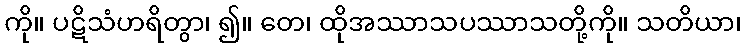
ကို။ ပဋိသံဟရိတွာ၊ ၍။ တေ၊ ထိုအဿာသပဿာသတို့ကို။ သတိယာ၊